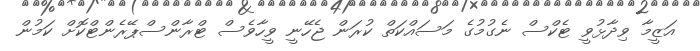
އަޒީމާ ވިދާޅުވީ ޓެކްސް ނެގުމުގެ މަސައްކަތް ކުރަން ޖެހޭނީ ވީހާވެސް ޓްރާންސްޕޭރެންޓްކޮށް ކަމުން